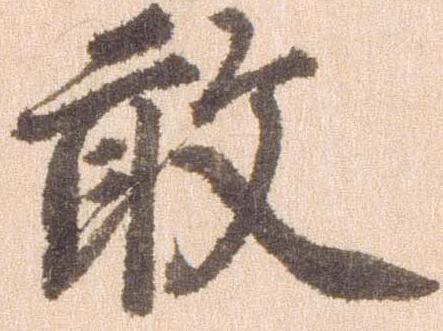
敢